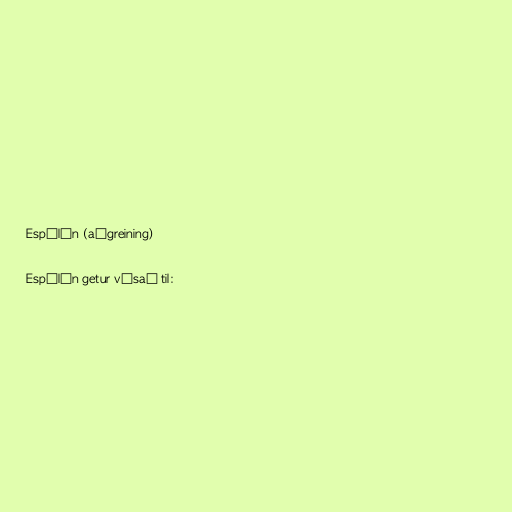
Espólín (aðgreining)

Espólín getur vísað til: